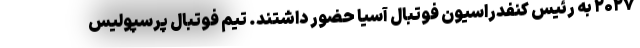
۲۰۲۷ به رئیس کنفدراسیون فوتبال آسیا حضور داشتند. تیم فوتبال پرسپولیس